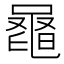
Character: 𪓕